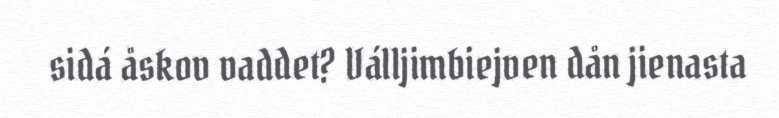
sidá åskov vaddet? Válljimbiejven dån jienasta